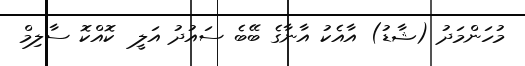
މުހަންމަދު (ޝާޑު) އާއެކު އާނާގެ ބޭބެ ސައުދު އަލީ  ކޮއްކޮ ސާލިމް